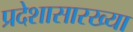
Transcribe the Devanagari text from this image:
प्रदेशासारख्या